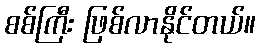
စစ်ကြီး ဖြစ်လာနိုင်တယ်။